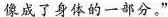
像成了身体的一部分。”